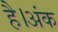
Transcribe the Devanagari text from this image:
है।अंक